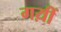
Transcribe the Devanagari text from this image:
गय़ीं